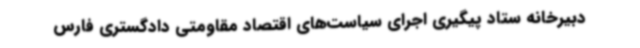
دبیرخانه ستاد پیگیری اجرای سیاست‌های اقتصاد مقاومتی دادگستری فارس